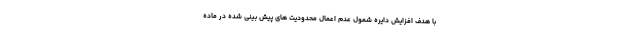
با هدف افزایش دایره شمول عدم اعمال محدودیت های پیش بینی شده در ماده